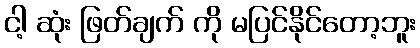
ငါ့ ဆုံး ဖြတ်ချက် ကို မပြင်နိုင်တော့ဘူး